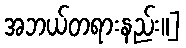
အဘယ်တရားနည်း။]